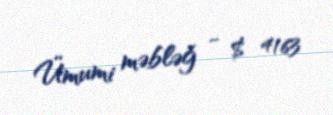
Ümumi məbləğ - $ 4163